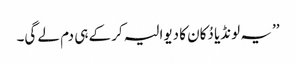
’’ یہ لونڈیا دُکان کا دیوالیہ کر کے ہی دم لے گی۔